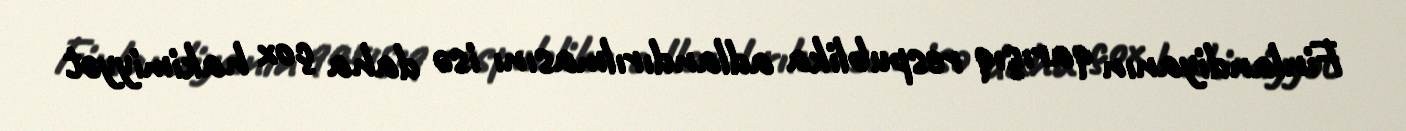
Finlandiyanın qarışıq respublika adlandırılmasını isə daha çox hakimiyyət